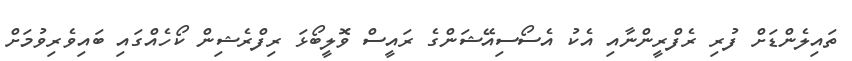
ތައިލެންޑަށް ފުރި ރެފްރީންނާއި އެކު އެސޯސިއޭޝަންގެ ރައީސް ވޮލީބޯޅަ ރިފްރެޝިން ކޯހެއްގައި ބައިވެރިވުމަށް